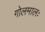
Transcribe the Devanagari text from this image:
गोलमालः